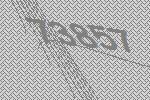
73857